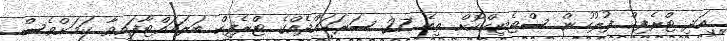
އަދި ޓްރެފިކް ފުލުހުން ސްޓެޓިކްކޮށް ތިބެ 27 ސަރަހައްދެއްގެ ޓްރެފިކް ބަލަހައްޓާފައިވާ ކަމަށްވެސް